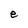
Character: e